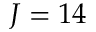
J = 1 4